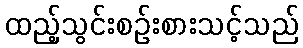
ထည့်သွင်းစဉ်းစားသင့်သည်